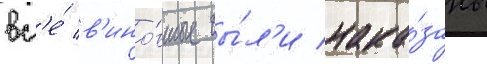
вс'е́ в'ино́вные бы́л'и нака́заны